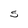
Character: 5